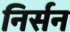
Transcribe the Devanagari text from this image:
निर्सन